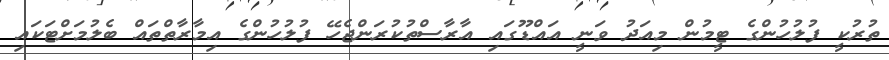
ތުރުކީ ފުލުހުންގެ ޓީމުން މިއަދު ވަނީ އައްޑޫގައި އާރާސްތުކުރަންޖެހޭ ފުލުހުންގެ އިމާރާތްތައް ބެލުމަށްޓަކައި